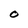
Character: O